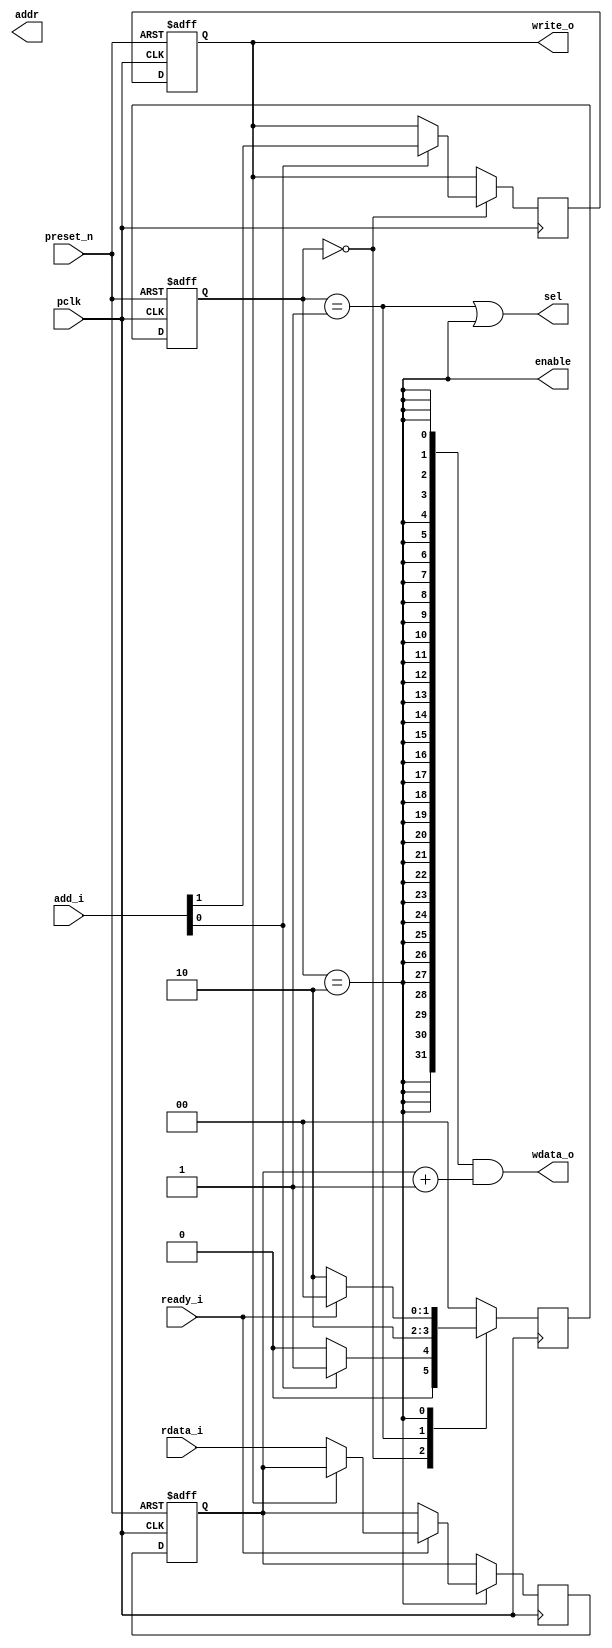
module Apb (
  input  			      pclk,
  input  			      preset_n, 	// Active low reset
 
  input	[1:0]		    add_i,		// 2'b00 - NOP, 2'b01 - READ, 2'b11 - WRITE
  
  output 			      sel,      // to select the slave.here since only on slave,only one bit
  output  			    enable,     
  input             ready_i,    // slave ready 
  output  [31:0]	  addr,      // address
  output 		        write_o,  // 1=WRITE , 0=READ
  input [31:0]      rdata_i,  // read data
  output  [31:0] 	  wdata_o   //write data
);
  
  reg [1:0]         current_state;
 parameter ST_IDLE=2'b00, ST_SETUP=2'b01, ST_ACCESS=2'b10;
  reg [1:0]         nxt_state;
  

  
  reg  nxt_write;  //to capture add[0] at setup
  reg  write_q;    // 1=write,0=read;finally we will assign this to write_o
  
  reg [31:0] nxt_rdata;
  reg [31:0] rdata_q;
  
  always @(posedge pclk or negedge preset_n)
  if (~preset_n)
      current_state <= ST_IDLE;
  else
      current_state <= nxt_state;
  
  always @(posedge pclk) 
  begin
    nxt_write = write_q;
    nxt_rdata = rdata_q;
  case (current_state)
    ST_IDLE:
      if (add_i[0]) begin
          nxt_state = ST_SETUP;
          nxt_write = add_i[1];
      end else begin
          nxt_state = ST_IDLE;
      end
    ST_SETUP: nxt_state = ST_ACCESS;
    ST_ACCESS:
      if (ready_i) begin
        if (~write_q)
            nxt_rdata = rdata_i;
            nxt_state = ST_IDLE;
      end else
          nxt_state = ST_ACCESS;
    default: nxt_state = ST_IDLE;
  endcase
end
  
 
  
  assign sel = (current_state == ST_SETUP)| (current_state == ST_ACCESS);
  assign enable = current_state== ST_ACCESS;
  
  // APB Address
  assign paddr_o = {32{current_state==ST_ACCESS}} & 32'hA000;
  
  // APB PWRITE control signal
  always  @(posedge pclk or negedge preset_n)
    if (~preset_n)
      write_q <= 1'b0;
  	else
      write_q <= nxt_write;
  
  assign write_o = write_q;
  
  // APB PWDATA data signal
  // ADDER
  // Read a value from the slave at address 0xA000
  // Increment that value
  // Send that value back during the write operation to address 0xA000
  
  assign wdata_o = {32{current_state==ST_ACCESS}} & (rdata_q + 32'h1);
  
  
  always @(posedge pclk or negedge preset_n)
    if (~preset_n)
      rdata_q <= 32'h0;
  	else
      rdata_q <= nxt_rdata;
  
endmodule